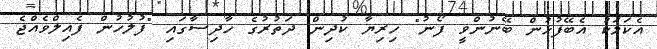
އެކަމަކު އެބޭފުޅުން ބޭނުންވީ ފޯނު" ހިރިޔާ ކުދިން ދަތުރުގެ ހާދިސާގައި "ފުލުހުން ފެއިލްވެއްޖެ